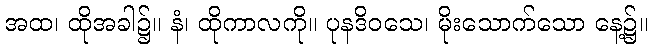
အထ၊ ထိုအခါ၌။ နံ၊ ထိုကာလကို။ ပုနဒိဝသေ၊ မိုးသောက်သော နေ့၌။